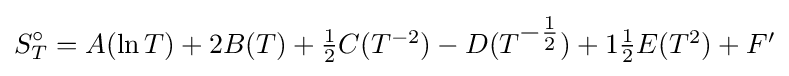
S_{T}^{\circ }=A(\ln T)+2B(T)+\textstyle {\frac {1}{2}}C(T^{-2})-D(T^{\textstyle -{\frac {1}{2}}})+1\textstyle {\frac {1}{2}}E(T^{2})+F'